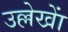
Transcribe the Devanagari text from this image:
उल्लेखाें